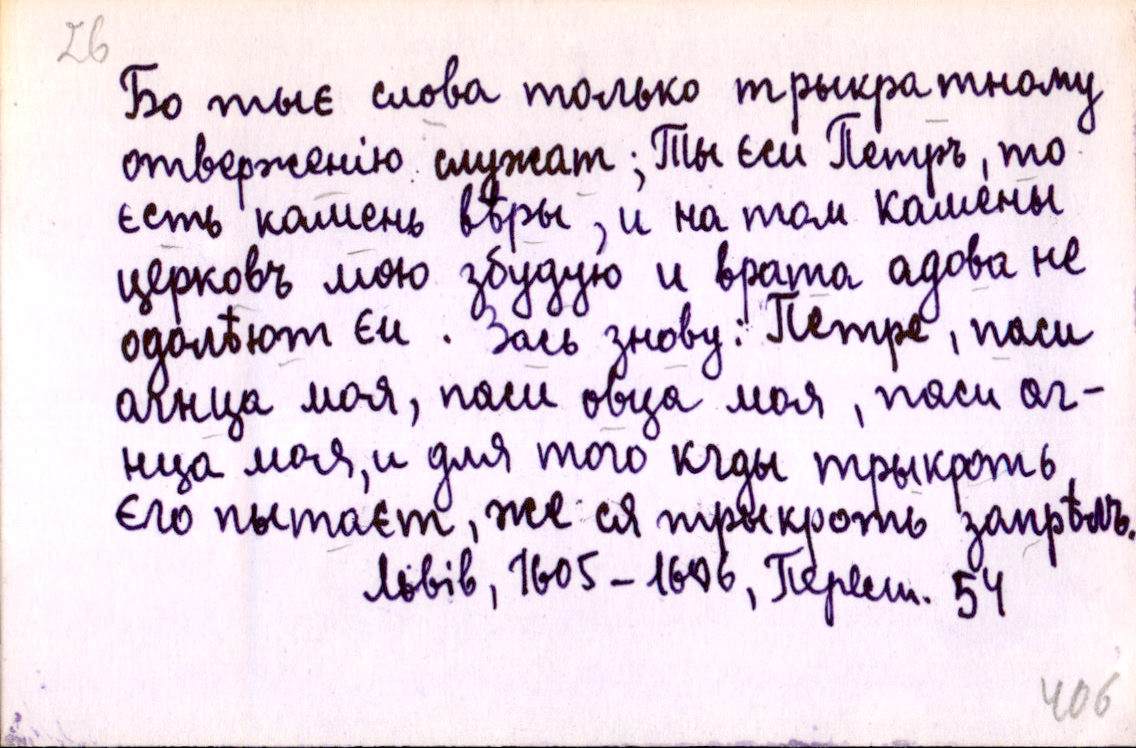
Бо тыє слова только трыкратному
отверженію служат; Ты єси Петръ, то
єсть камень вѣры, и на том камены
церковъ мою збудую и врата адова не
одолѣют єи. Зась знову: Петре, паси
агнца моя, паси овца моя, паси аг-
нца моя, и для того кгды трыкроть
єго пытаєт, же ся трыкроть запрѣлъ.
Львів, 1605-1606, Перест. 54